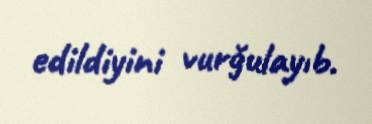
edildiyini vurğulayıb.